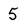
Character: 5